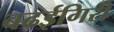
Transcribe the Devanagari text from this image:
बढईगिरी